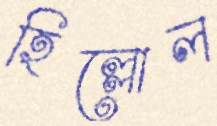
হিল্লোল